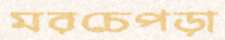
মরচেপড়া